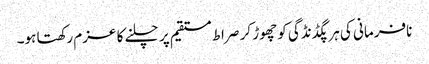
نافرمانی کی ہر پگڈنڈگی کو چھوڑ کر صراط مستقیم پر چلنے کا عزم رکھتا ہو۔